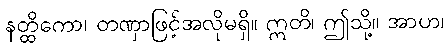
နတ္ထိကော၊ တဏှာဖြင့်အလိုမရှိ။ ဣတိ၊ ဤသို့။ အာဟ၊